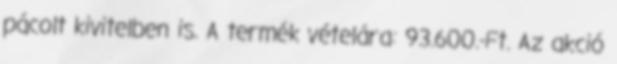
pácolt kivitelben is. A termék vételára: 93.600.-Ft. Az akció